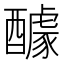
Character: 醵